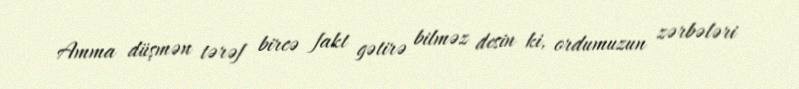
Amma düşmən tərəf bircə fakt gətirə bilməz desin ki, ordumuzun zərbələri